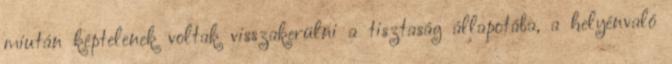
miután képtelenek voltak visszakerülni a tisztaság állapotába, a helyénvaló